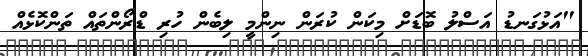
"އަޅުގަނޑު އަސްލު ބޮޑަށް މިކަން ކުރަން ނިންމީ ލިބެން ހުރި ޑްރޯންތައް ތަންކޮޅެއް